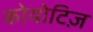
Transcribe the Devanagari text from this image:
कोयोटिज़